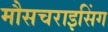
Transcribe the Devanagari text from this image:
मौसचराइसिंग